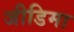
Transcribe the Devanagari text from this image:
जीडिमा